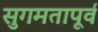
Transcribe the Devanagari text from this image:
सुगमतापूर्व